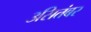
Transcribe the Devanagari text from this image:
३सितंबर